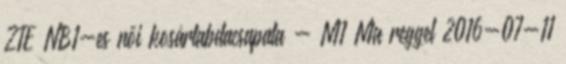
ZTE NB1-es női kosárlabdacsapata - M1 Ma reggel 2016-07-11